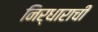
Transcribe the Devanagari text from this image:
निर्धाराची